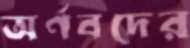
অর্ণবদের